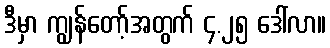
ဒီမှာ ကျွန်တော့်အတွက် ၄.၂၅ ဒေါ်လာ။